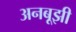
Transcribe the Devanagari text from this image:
अनबूझी